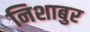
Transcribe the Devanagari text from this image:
निशाबुर